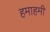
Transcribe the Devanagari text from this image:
हमाहमी